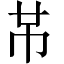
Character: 𫷄